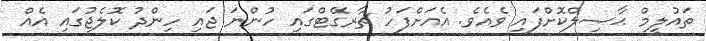
ތައުލީމް ޙާޞިލްކޮށްފައި ވެއެވެ. އެއަށްފަހު ޗާރގޭޓްގައި ހުންނަ ޖައި ހިންދު ކޮލެޖުގައި އެއް